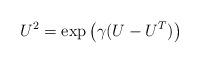
LaTeX: \begin{align*}U^2=\exp\left(\gamma(U-U^T)\right)\end{align*}